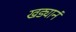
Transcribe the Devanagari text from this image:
खड्यानं